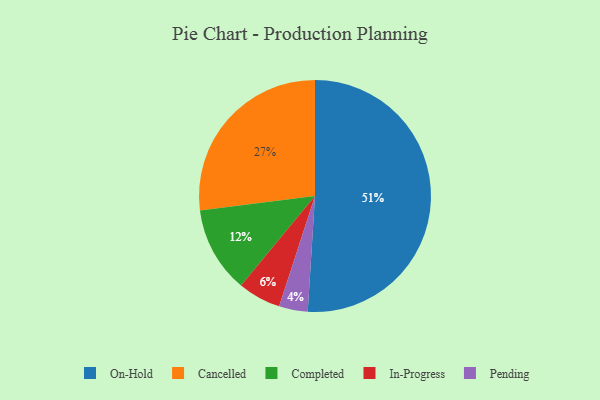
{"axis": {"x": "Category", "y": "Percentage"}, "legend": ["Cancelled", "Completed", "In-Progress", "On-Hold", "Pending"], "data": [{"x": "In-Progress", "y": 6, "type": "In-Progress"}, {"x": "Pending", "y": 4, "type": "Pending"}, {"x": "On-Hold", "y": 51, "type": "On-Hold"}, {"x": "Completed", "y": 12, "type": "Completed"}, {"x": "Cancelled", "y": 27, "type": "Cancelled"}]}